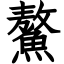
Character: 鰲